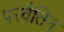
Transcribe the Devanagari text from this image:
परवैतिन